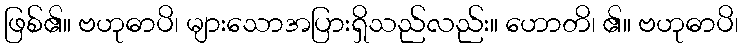
ဖြစ်၏။ ဗဟုဓာပိ၊ များသောအပြားရှိသည်လည်း။ ဟောတိ၊ ၏။ ဗဟုဓာပိ၊